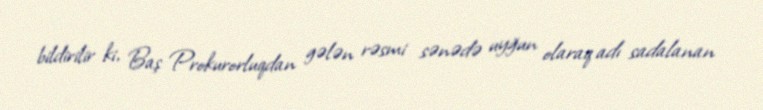
bildirilir ki, Baş Prokurorluqdan gələn rəsmi sənədə uyğun olaraq adı sadalanan